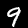
Digit: 9